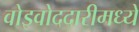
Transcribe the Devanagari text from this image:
वोइवोददारीमध्ये